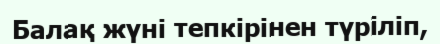
Балақ жүні тепкірінен түріліп,